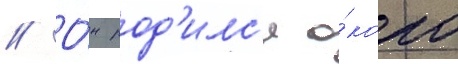
// О́н род'илс'я о́коло